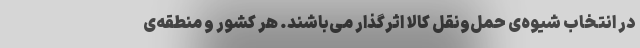
در انتخاب شیوه‌ی حمل‌ونقل کالا اثرگذار می‌باشند. هر کشور و منطقه‌ی